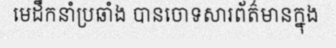
មេដឹកនាំប្រឆាំង បានចោទសារព័ត៌មានក្នុង